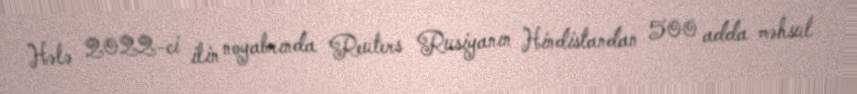
Hələ 2022-ci ilin noyabrında Reuters Rusiyanın Hindistandan 500 adda məhsul